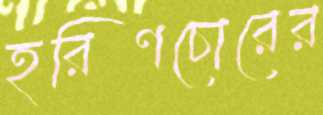
হরিণচোরের